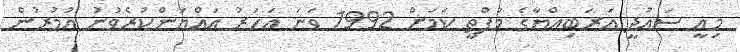
މިއީ ސައުދީ އަރަބިއްޔާގެ މުފްތީ ކަމަށް 1992 ވަނަ އަހަރު އައްޔަންކުރެވުނު އުމުރުން